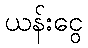
ယန်းငွေ